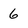
Character: 6